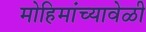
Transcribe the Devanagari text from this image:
मोहिमांच्यावेळी